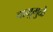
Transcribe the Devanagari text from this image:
वायुमुळे